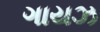
ગાયઝ